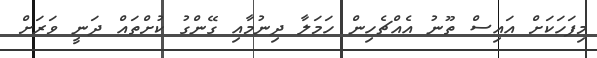
މިފަހަކަށް އައިސް ތޫނު އެއްޗެހިން ހަމަލާ ދިނުމާއި ގޭންގު ކުށްތައް ދަނީ ވަރަށް